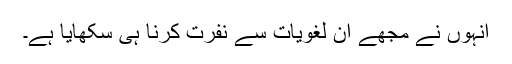
انہوں نے مجھے ان لغویات سے نفرت کرنا ہی سکھایا ہے۔